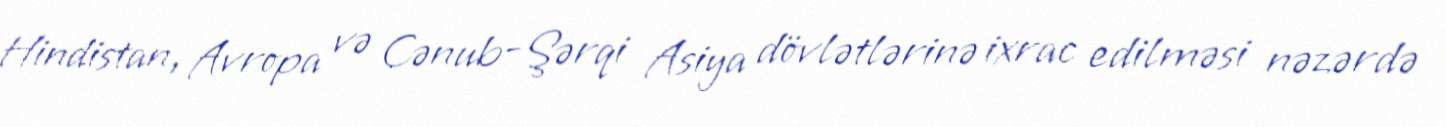
Hindistan, Avropa və Cənub-Şərqi Asiya dövlətlərinə ixrac edilməsi nəzərdə